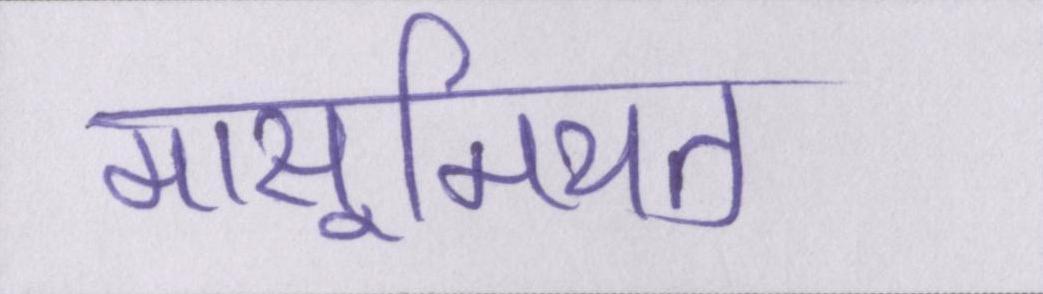
मासूमियत